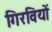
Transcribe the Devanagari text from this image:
गिरवियों